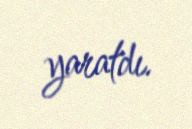
yaratdı.